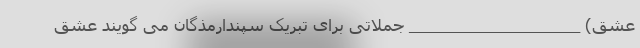
عشق) ___________________ جملاتی برای تبریک سپندارمذگان می گویند عشق